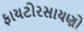
ફાયટોરસાયણો